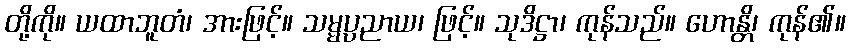
တို့ကို။ ယထာဘူတံ၊ အားဖြင့်။ သမ္မပ္ပညာယ၊ ဖြင့်။ သုဒိဋ္ဌာ၊ ကုန်သည်။ ဟောန္တိ၊ ကုန်၏။